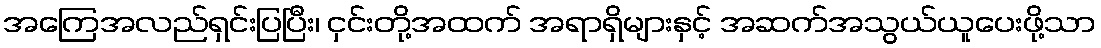
အကြေအလည်ရှင်းပြပြီး၊ ငှင်းတို့အထက် အရာရှိများနှင့် အဆက်အသွယ်ယူပေးဖို့သာ